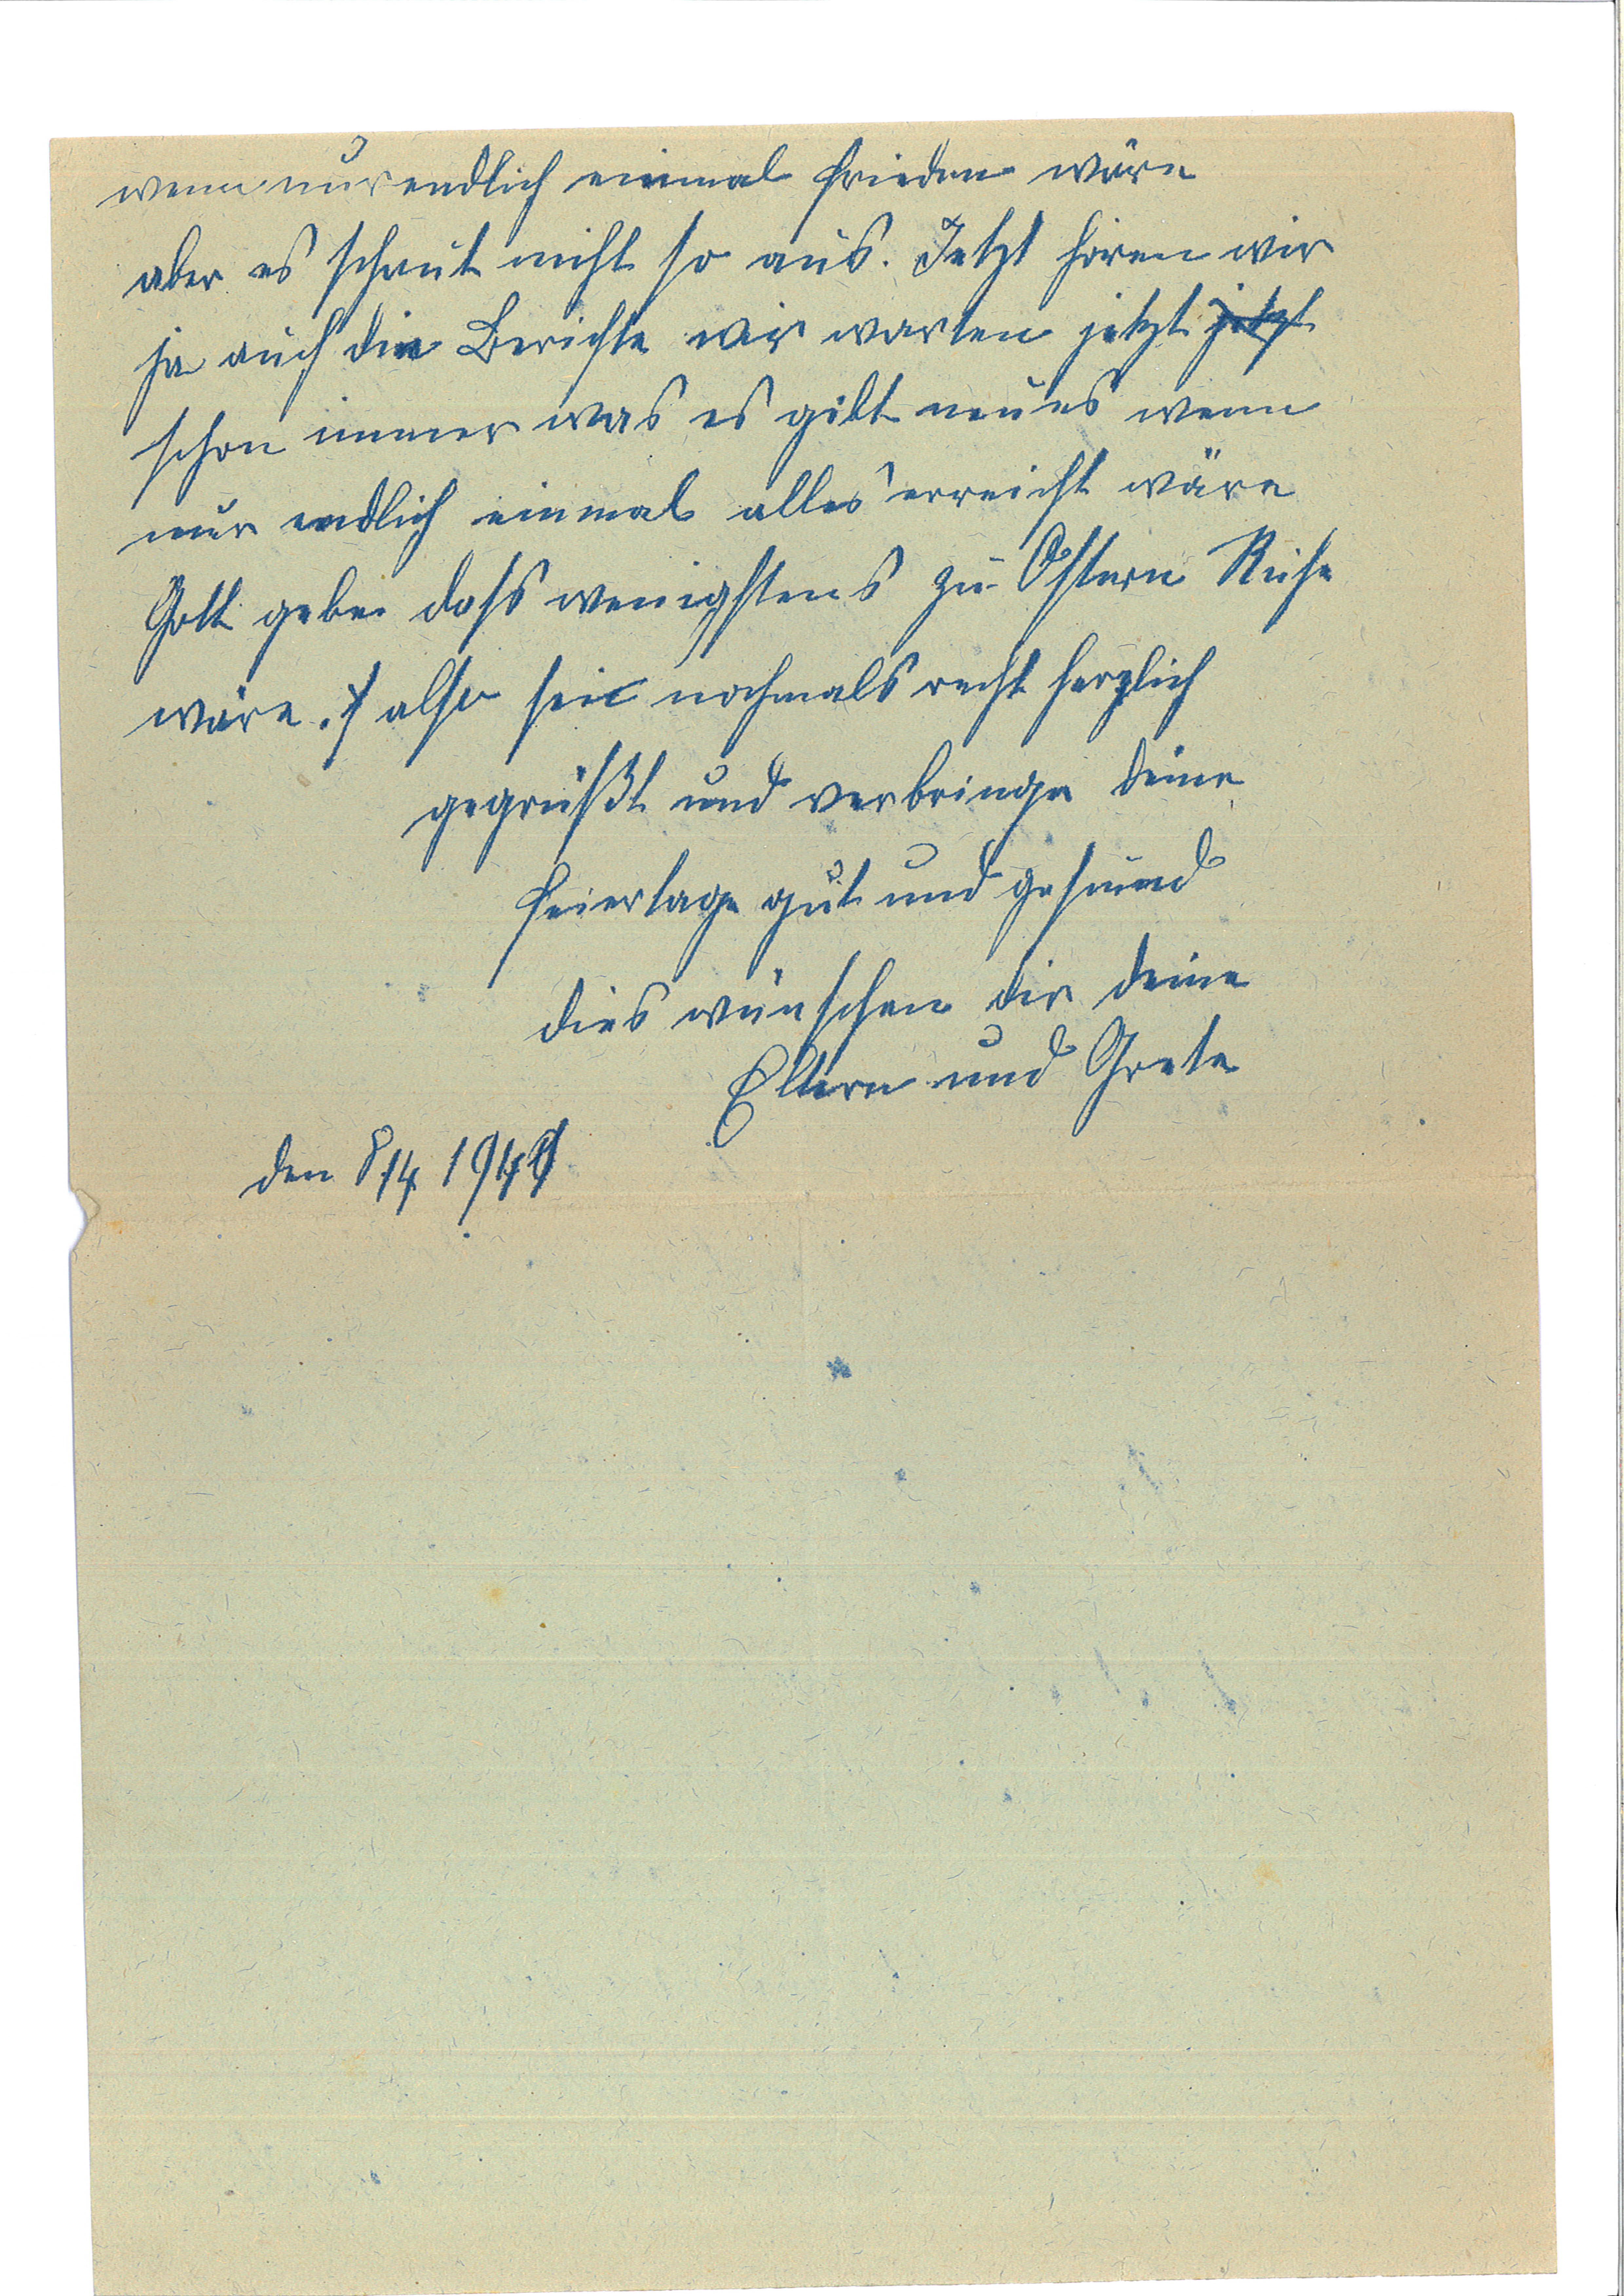
wennn nur endlich einmal Frieden wäre
aber es schaut nicht so aus. Jetzt hören wir
ja auch die Berichte wir warten jetzt jetzt
schon immer was es gibt neues wenn
nur endlich einmal alles erreicht wäre
Gott gebe daß wenigstens zu Ostern Ruhe
wäre. s also sei nochmals recht herzlich
gegrüßt und verbringe deine
Feiertage gut und gesund
dies wünschen dir deine
Eltern und Grete
den 8 / 4 1941